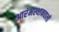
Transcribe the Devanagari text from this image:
आरंभस्थानवाली